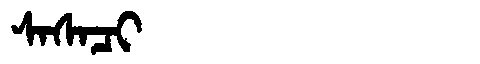
Manchu: ᠰᠠᠰᠠᠴᡳ
Romanization: SASACI